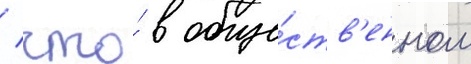
/ что́ в обще́ств'енном